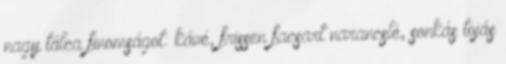
nagy tálca finomságot: kávé, frissen facsart narancslé, sonkás tojás